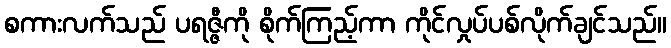
စကားလက်သည် ပရဇ္ဇီကို စိုက်ကြည့်ကာ ကိုင်လှုပ်ပစ်လိုက်ချင်သည်။